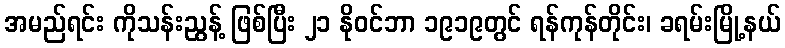
အမည်ရင်း ကိုသန်းညွန့် ဖြစ်ပြီး ၂၁ နိုဝင်ဘာ ၁၉၁၉တွင် ရန်ကုန်တိုင်း၊ ခရမ်းမြို့နယ်